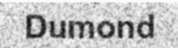
Dumond